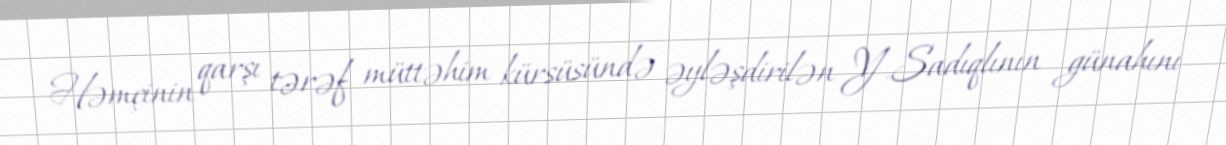
Həmçinin qarşı tərəf müttəhim kürsüsündə əyləşdirilən Y.Sadıqlının günahını